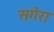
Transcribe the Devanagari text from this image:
सगेरा